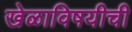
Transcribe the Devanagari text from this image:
खेळाविषयीची